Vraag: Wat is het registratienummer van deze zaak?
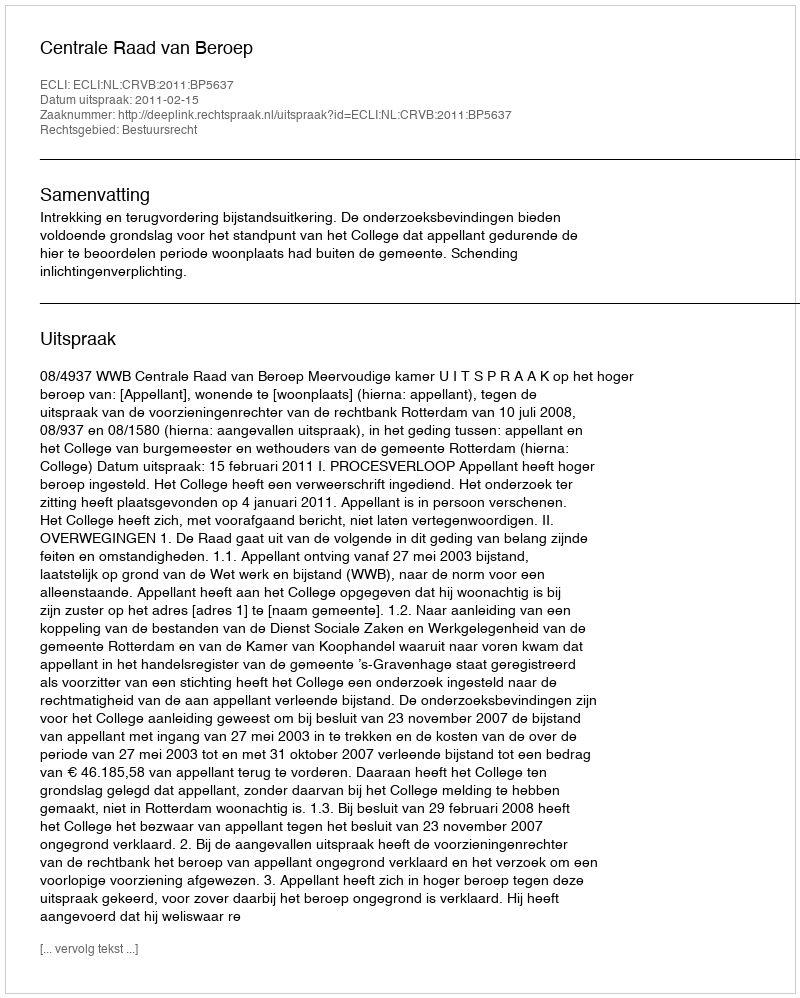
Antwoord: http://deeplink.rechtspraak.nl/uitspraak?id=ECLI:NL:CRVB:2011:BP5637